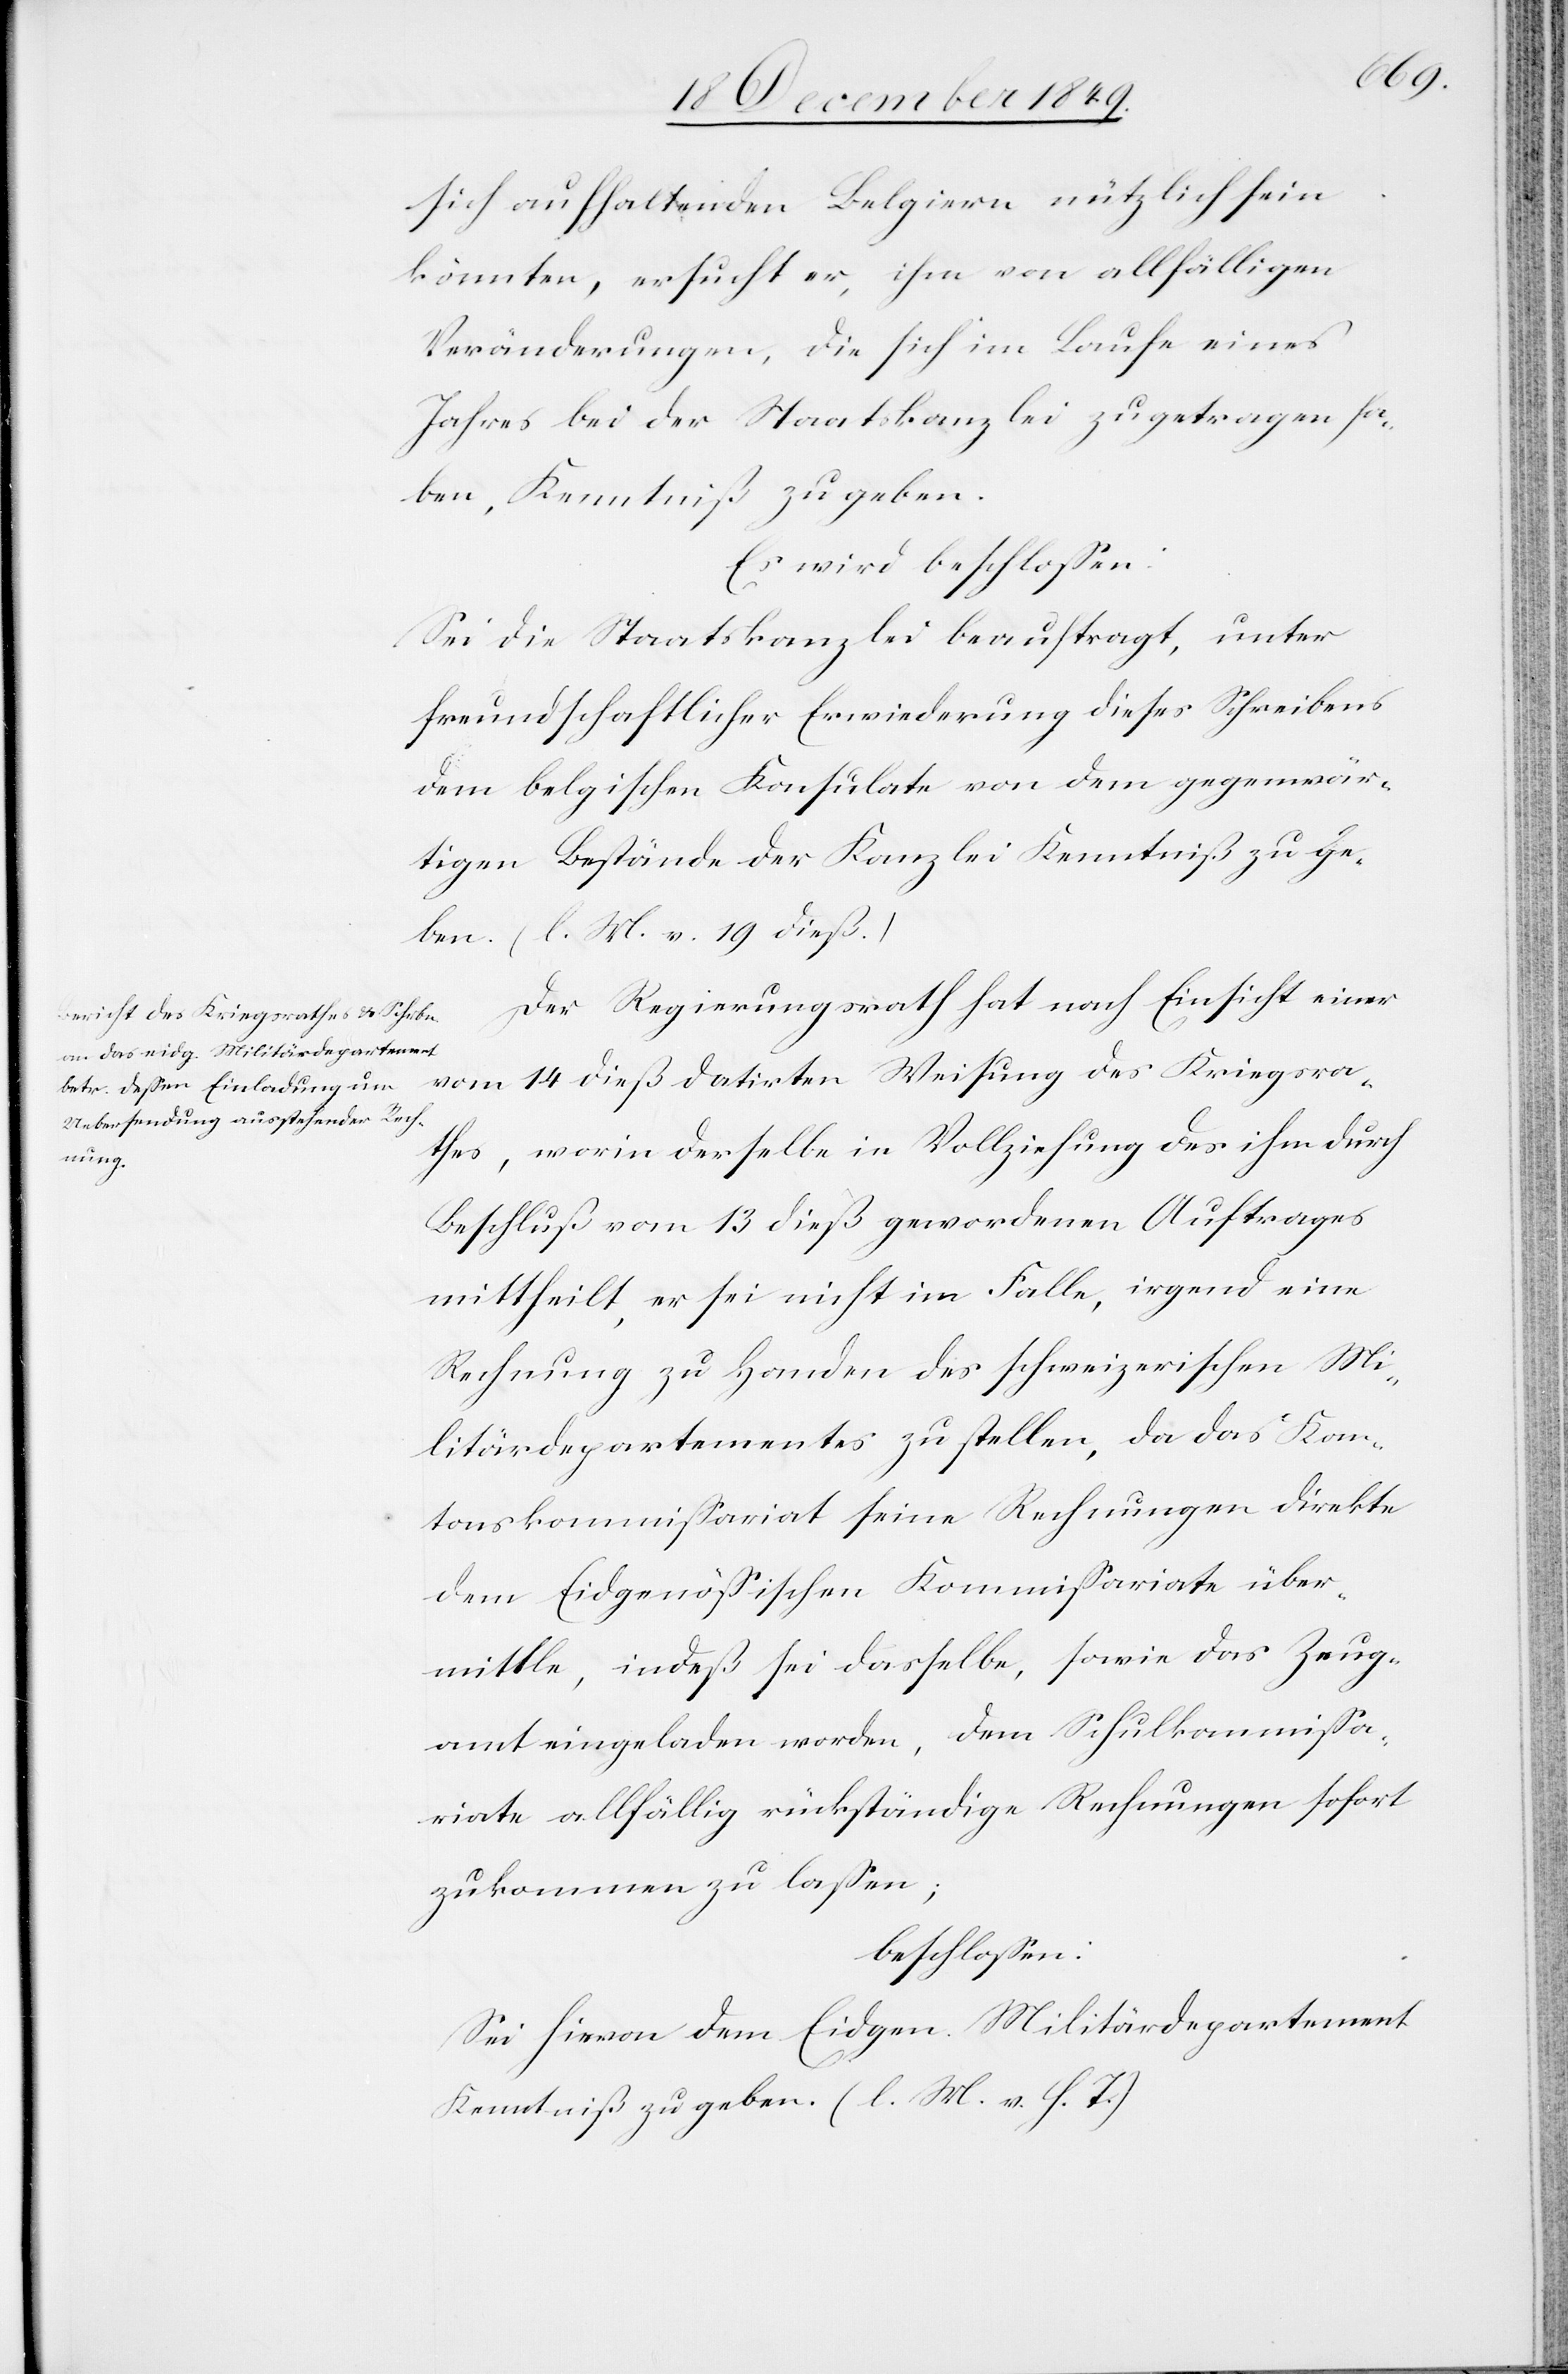
sich aufhaltenden Belgiern nützlich sein
könnten, ersucht er, ihm von allfälligen
Veränderungen, die sich im Laufe eines
Jahres bei der Staatskanzlei zugetragen ha¬
ben, Kenntniß zu geben.
Es wird beschloßen:
Sei die Staatskanzlei beauftragt, unter
freundschaftlicher Erwiederung dieses Schreibens
dem belgischen Konsulate von dem gegenwär¬
tigen Bestände [sic!] der Kanzlei Kenntniß zu ge¬
ben. [l. M. v. 19 dieß]
Der Regierungsrath hat nach Einsicht einer
vom 14 dieß datirten Weisung des Kriegsra¬
thes, worin derselbe in Vollziehung des ihm durch
Beschluß vom 13 dieß gewordenen Auftrages
mittheilt, er sei nicht im Falle, irgend eine
Rechnung zu Handen des schweizerischen Mi¬
litärdepartementes zu stellen, da das Kan¬
tonskommißariat seine Rechnungen direkte
dem Eidgenößischen Kommißariate über¬
mittle, indeß sei dasselbe, sowie das Zeug¬
amt eingeladen worden, dem Schulkommißa¬
riate allfällig rückständige Rechnungen sofort
zukommen zu laßen;
beschloßen:
Sei hievon dem Eidgen. Militärdepartement
Kenntniß zu geben. [l. M. v. h. T]